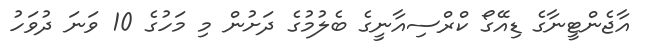
އާޖެންޓީނާގެ ޑިއޭގޯ ކްރްސިއާނީގެ ބެލުމުގެ ދަށުން މި މަހުގެ 10 ވަނަ ދުވަހު